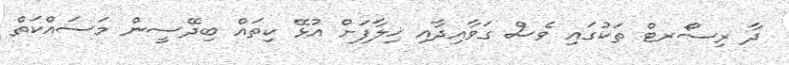
ދާ ރިސޯރޓް ތަކުގައި ވެސް ގަވާއިދާއި ޚިލާފަށް އުޅޭ ކިތައް ބިދޭސީން މަސައްކަތް